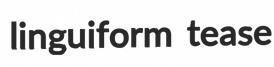
linguiform tease